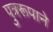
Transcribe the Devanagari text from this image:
पुत्ररूपाने